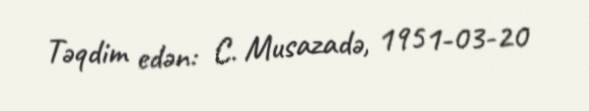
Təqdim edən: C. Musazadə, 1951-03-20